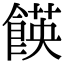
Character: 䭊